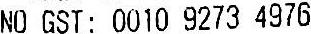
NO GST: 0010 9273 4976